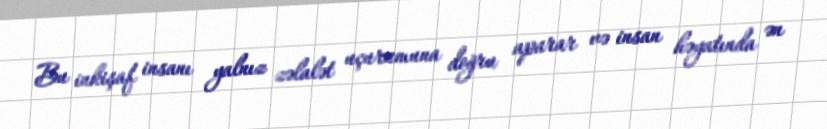
Bu inkişaf insanı yalnız zəlalət uçurumuna doğru aparar və insan həyatında ən